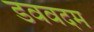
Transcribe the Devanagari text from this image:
डववदम